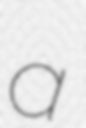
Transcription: a